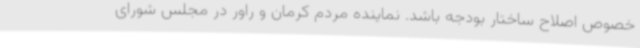
خصوص اصلاح ساختار بودجه باشد. نماینده مردم کرمان و راور در مجلس شورای